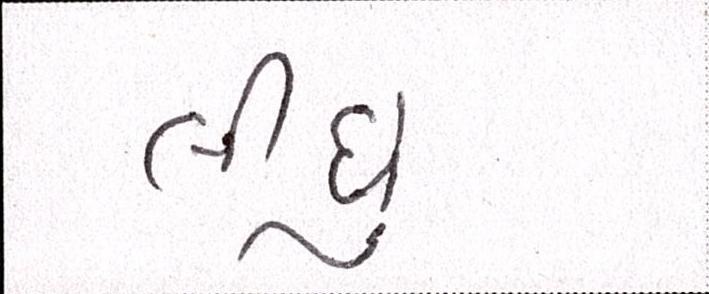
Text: લીઘું